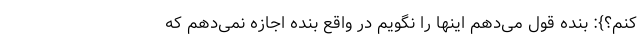
کنم؟}: بنده قول می‌دهم اینها را نگویم در واقع بنده اجازه نمی‌دهم که